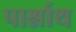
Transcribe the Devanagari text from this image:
पार्श्नाथ